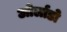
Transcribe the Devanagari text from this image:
ओर्लाडो